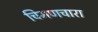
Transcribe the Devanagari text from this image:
चिमणचारा